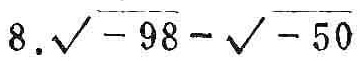
$8.\sqrt{-98}-\sqrt{-50}$